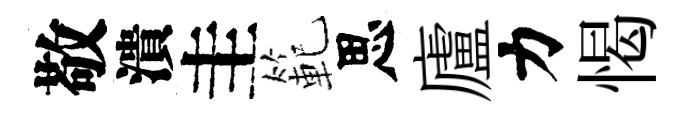
敬潰圭範思廬力愒